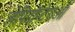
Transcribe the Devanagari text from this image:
लेपिडॉप्टेराओं